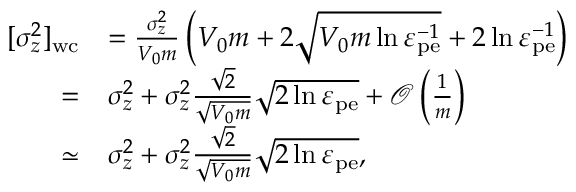
\begin{array} { r l } { [ \sigma _ { z } ^ { 2 } ] _ { \mathrm { w c } } } & { = \frac { \sigma _ { z } ^ { 2 } } { V _ { 0 } m } \left( V _ { 0 } m + 2 \sqrt { V _ { 0 } m \ln \varepsilon _ { \mathrm { p e } } ^ { - 1 } } + 2 \ln \varepsilon _ { \mathrm { p e } } ^ { - 1 } \right) } \\ { = } & { \sigma _ { z } ^ { 2 } + \sigma _ { z } ^ { 2 } \frac { \sqrt { 2 } } { \sqrt { V _ { 0 } m } } \sqrt { 2 \ln \varepsilon _ { \mathrm { p e } } } + \mathcal { O } \left( \frac { 1 } { m } \right) } \\ { \simeq } & { \sigma _ { z } ^ { 2 } + \sigma _ { z } ^ { 2 } \frac { \sqrt { 2 } } { \sqrt { V _ { 0 } m } } \sqrt { 2 \ln \varepsilon _ { \mathrm { p e } } } , } \end{array}